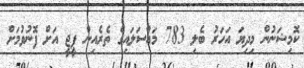
ކޮމިޝަނުން މިދިޔަ އަހަރު ބެލި 783 މައްސަލައިގެ ތެރެއިން ޕީޖީ އަށް ފޮނުވުމަށް